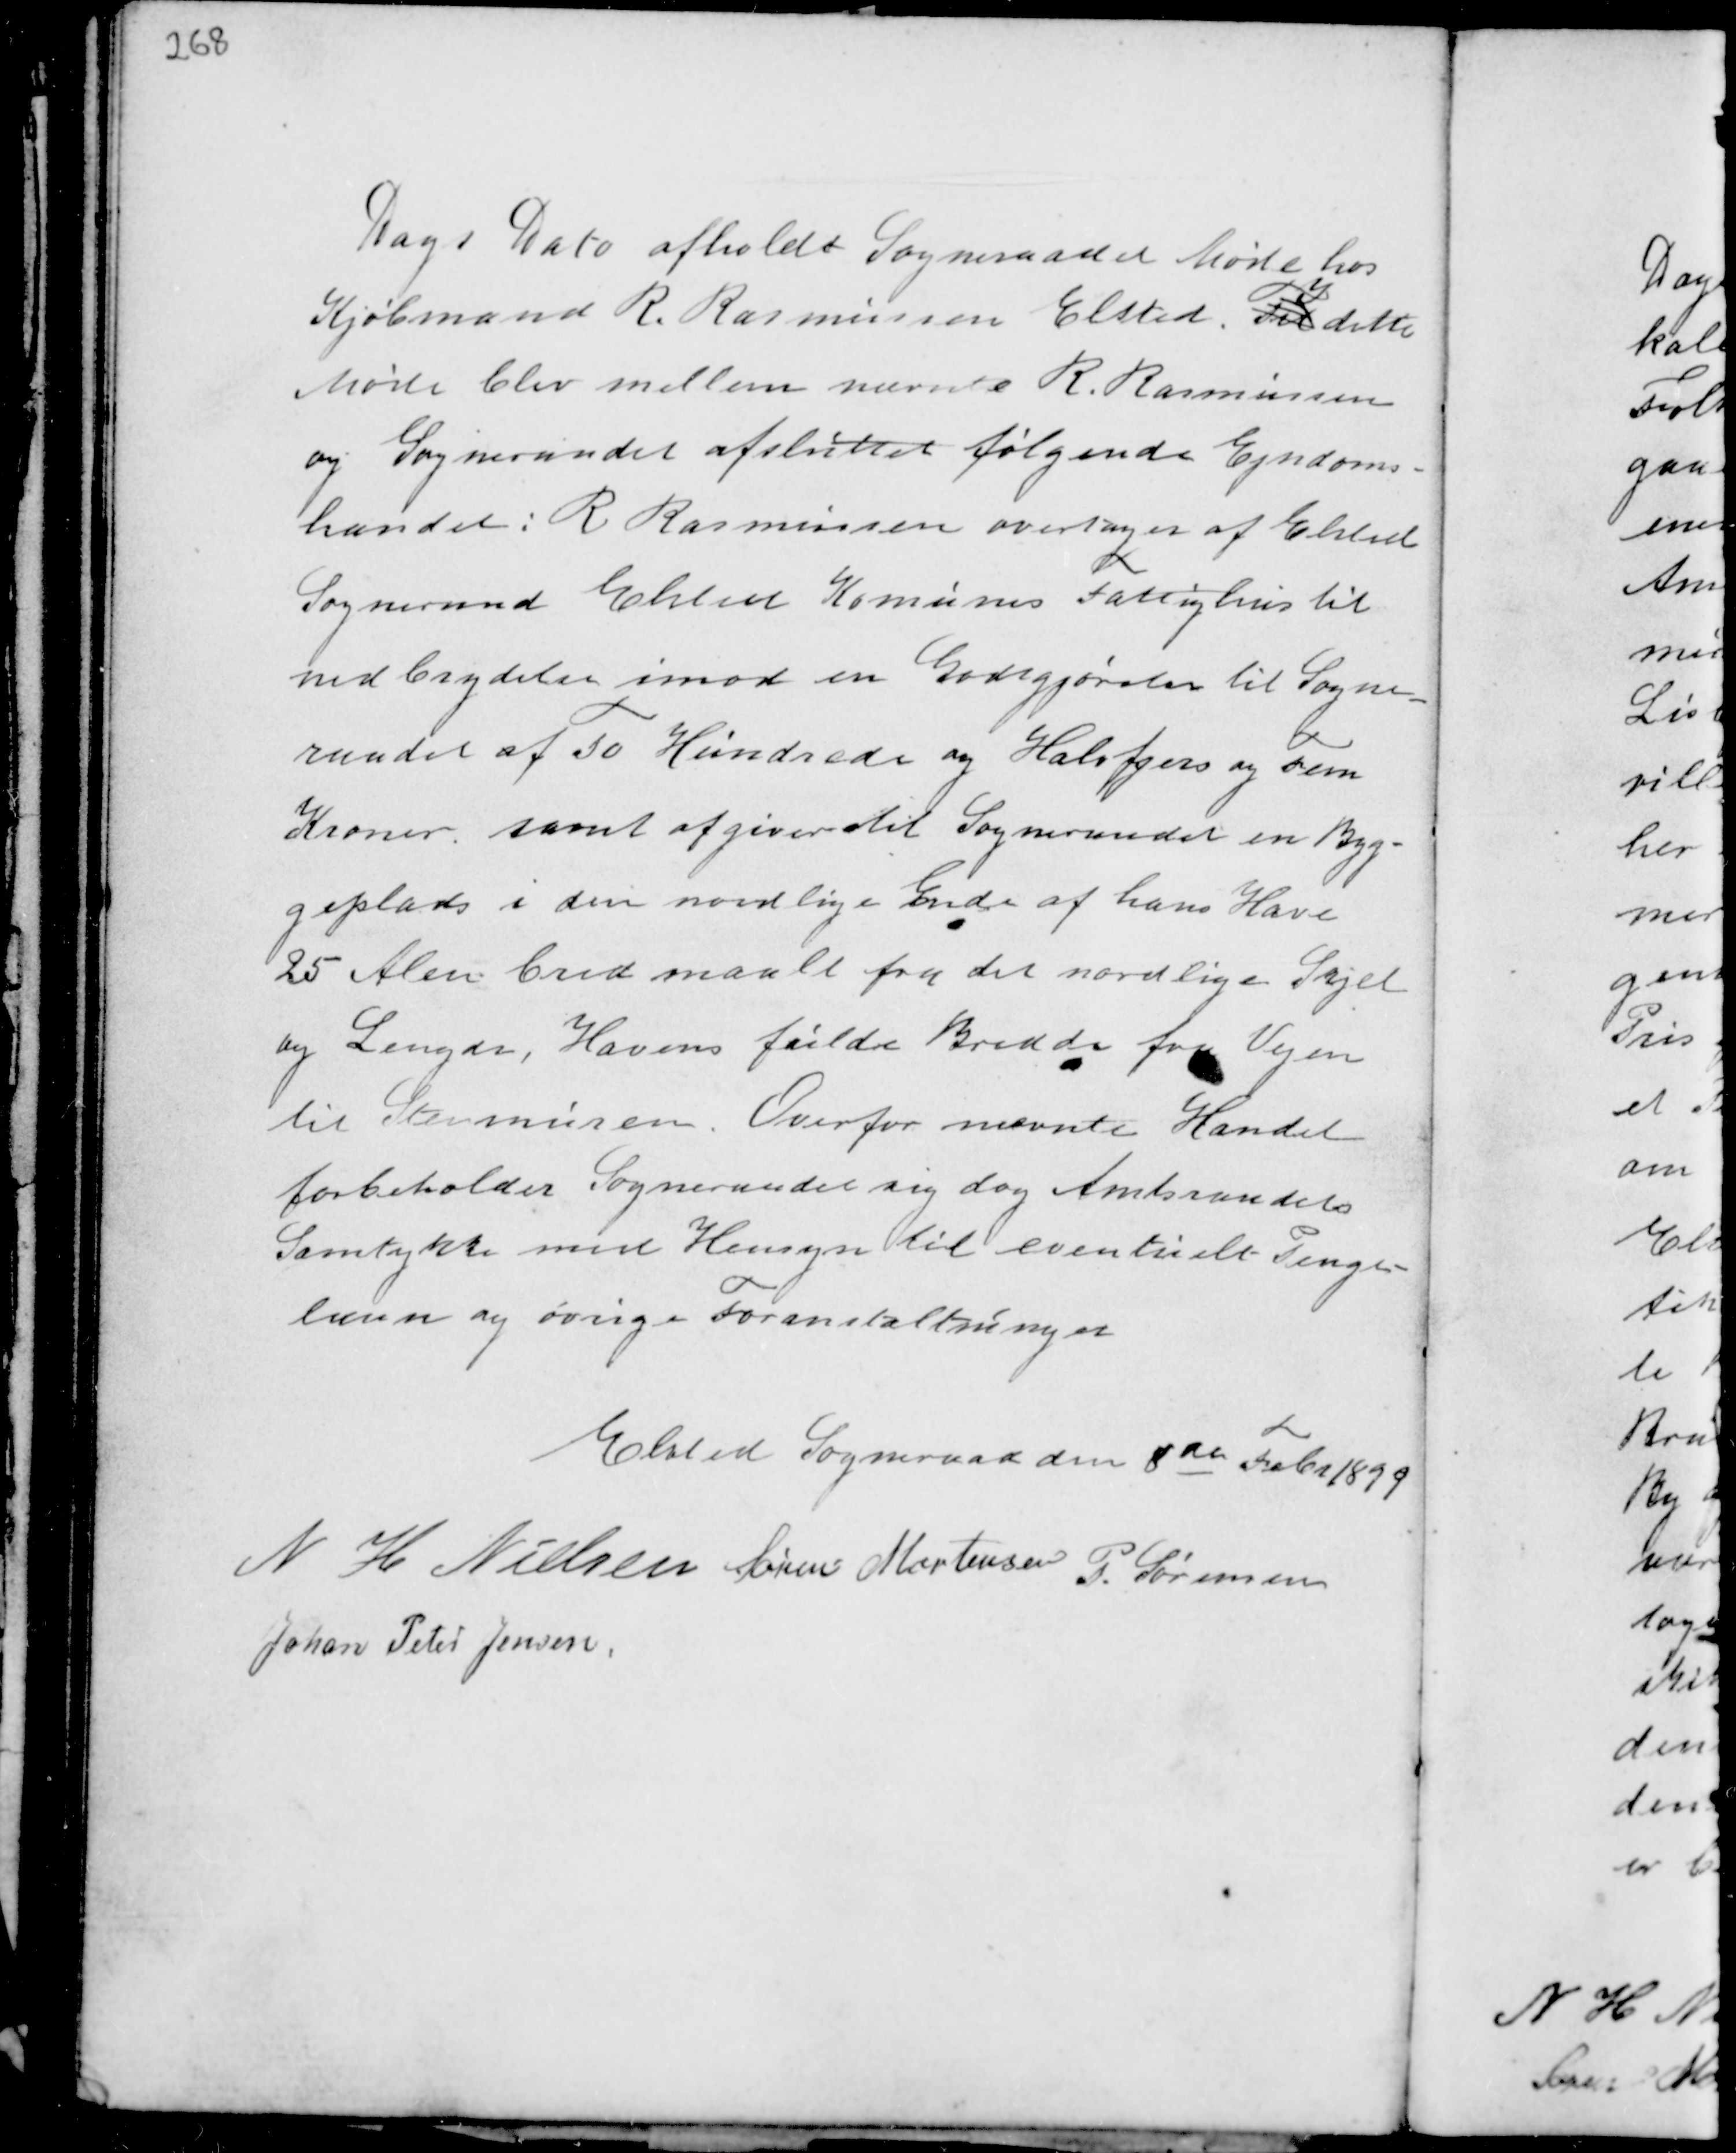
Transskription:
Dags Dato afholdt Sogneraadet Møde hos
Kjøbmand R. Rasmussen Elsted. Til
I
dette
Møde blev mellem nævnte R. Rasmussen
og Sogneraadet afsluttet følgende Ejendoms-
handel: R Rasmussen overtager af Elsted
Sogneraad. Elsted Komunes Fattighus til
nedbrydelse imod en Godtgjørelse til Sogne-
raadet af To Hundrede og Halvfjers og Fem
Kroner samt afgiver til Sogneraadet en Byg-
geplads i den nordlige Ende af hans Have
25 Alen bred maalt fra det nordlige Skjel
og Lengde, Havens fulde Bredde fra Vejen
til Stenmuren Ovenfor nævnte Handel
forbeholder Sogneraadet sig dog Amtsraadets
Samtykke med Hensyn til eventuelt Penge-
laan og øvrige Foranstaltninger

Elsted Sogneraad den 8de Febr 1899
N H Nielsen Søren Mortensen
P. Sørensen
Johan Peter Jensen